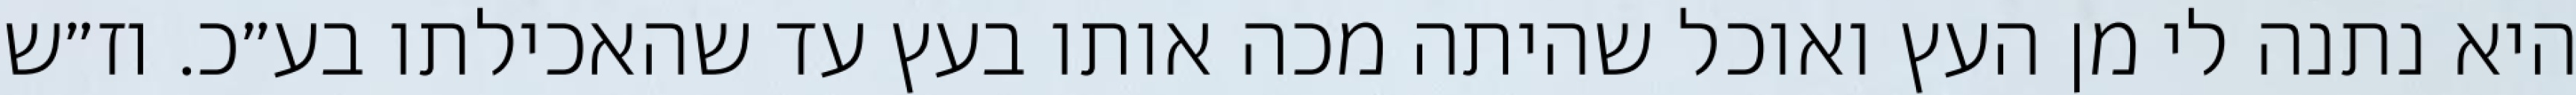
היא נתנה לי מן העץ ואוכל שהיתה מכה אותו בעץ עד שהאכילתו בע״כ. וז״ש